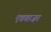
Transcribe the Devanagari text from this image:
एडवाज़र